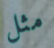
مثل